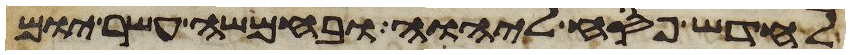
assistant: לחדש פסח ליהוה ובחמשה עשר יום